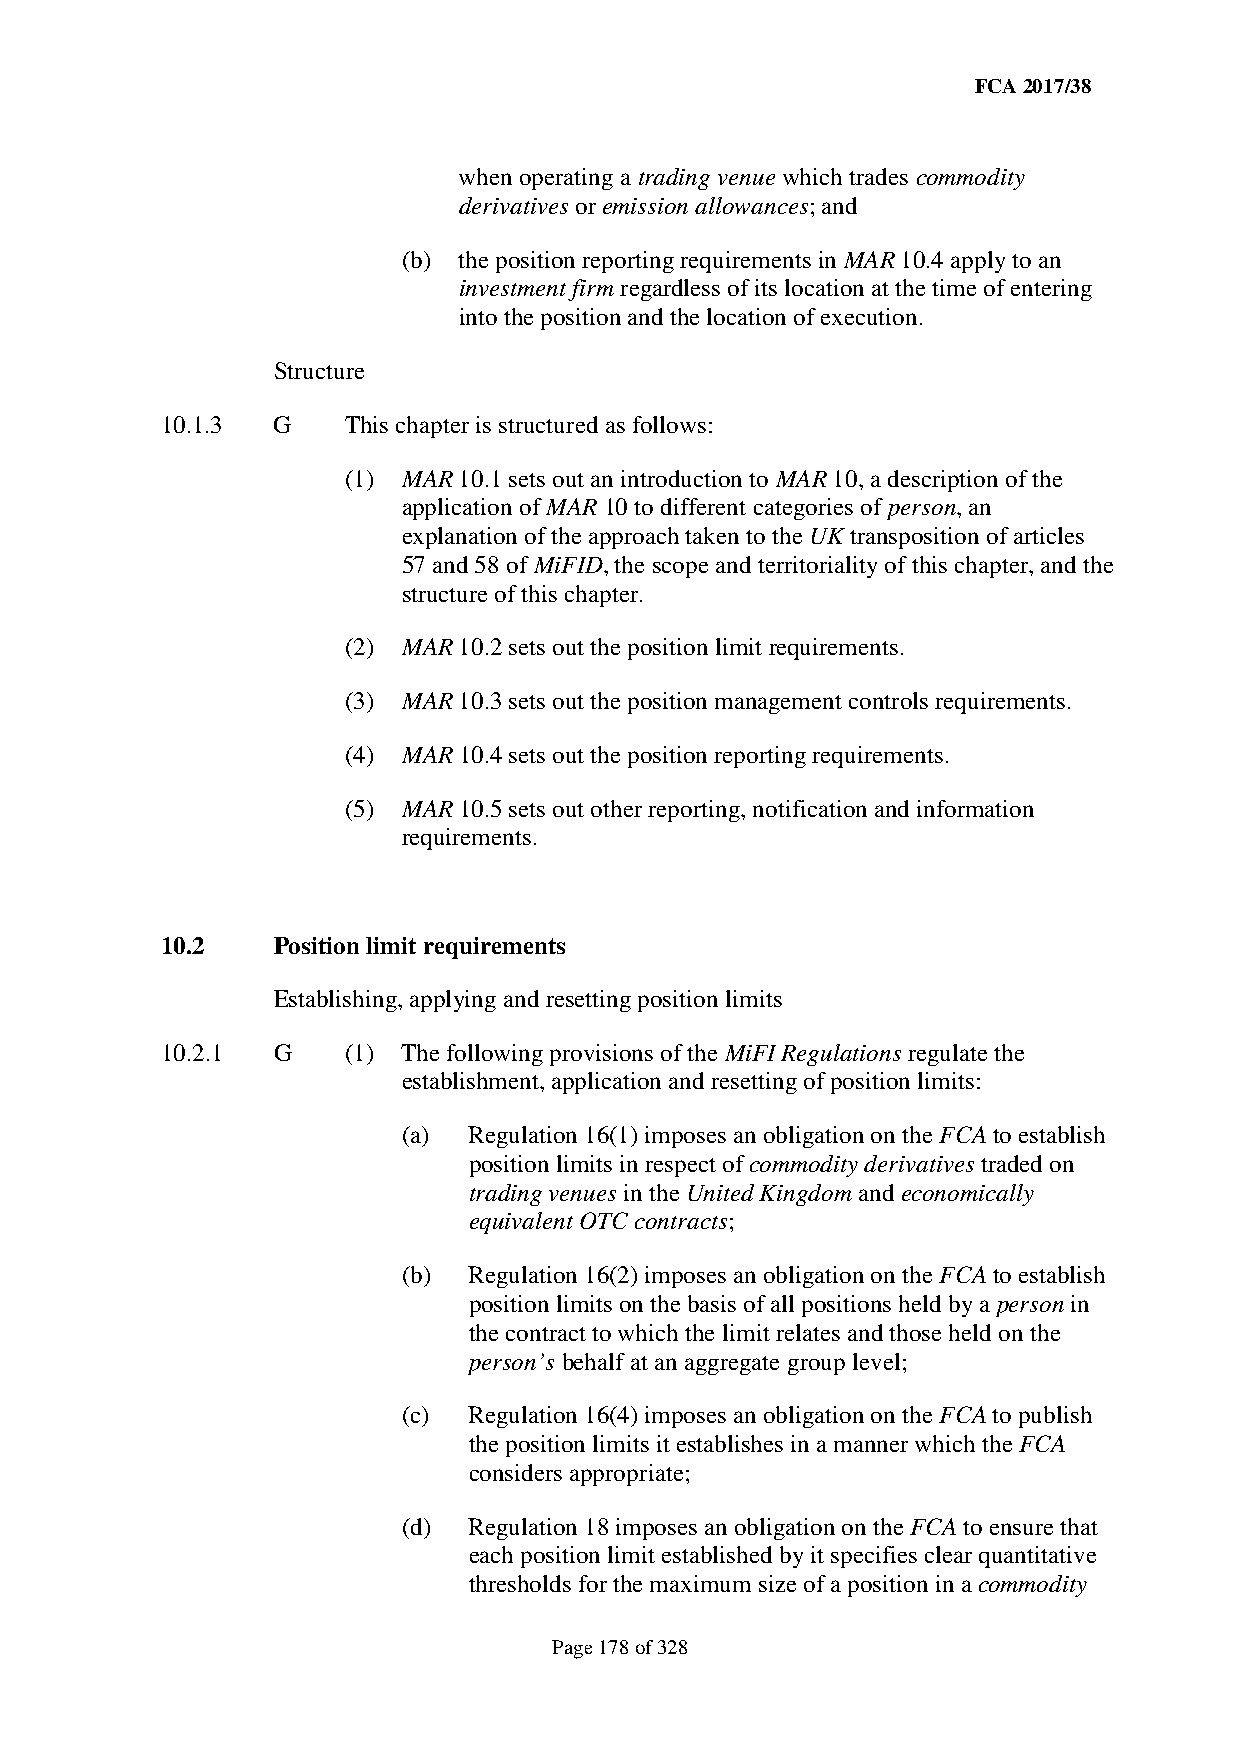
FCA 2017/38
 when operating a trading venue which trades commodity
 derivatives or emission allowances; and
 (b) the position reporting requirements in MAR 10.4 apply to an
 investment firm regardless of its location at the time of entering
 into the position and the location of execution.
 Structure
 10.1.3 G    This chapter is structured as follows:
 (1) MAR 10.1 sets out an introduction to MAR 10, a description of the
 application of MAR 10 to different categories of person, an
 explanation of the approach taken to the UK transposition of articles
 57 and 58 of MiFID, the scope and territoriality of this chapter, and the
 structure of this chapter.
 (2) MAR 10.2 sets out the position limit requirements.
 (3) MAR 10.3 sets out the position management controls requirements.
 (4) MAR 10.4 sets out the position reporting requirements.
 (5) MAR 10.5 sets out other reporting, notification and information
 requirements.
 10.2   Position limit requirements
 Establishing, applying and resetting position limits
 10.2.1 G    (1) The following provisions of the MiFI Regulations regulate the
 establishment, application and resetting of position limits:
 (a) Regulation 16(1) imposes an obligation on the FCA to establish
 position limits in respect of commodity derivatives traded on
 trading venues in the United Kingdom and economically
 equivalent OTC contracts;
 (b) Regulation 16(2) imposes an obligation on the FCA to establish
 position limits on the basis of all positions held by a person in
 the contract to which the limit relates and those held on the
 person’s behalf at an aggregate group level;
 (c) Regulation 16(4) imposes an obligation on the FCA to publish
 the position limits it establishes in a manner which the FCA
 considers appropriate;
 (d) Regulation 18 imposes an obligation on the FCA to ensure that
 each position limit established by it specifies clear quantitative
 thresholds for the maximum size of a position in a commodity
 Page 178 of 328